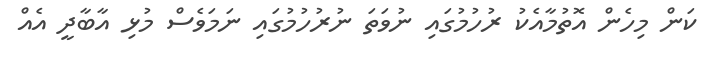
ކަން މިހެން އޮތުމާއެކު ރުހުމުގައި ނުވަތަ ނުރުހުމުގައި ނަމަވެސް މުޅި އާބާދީ އެއް